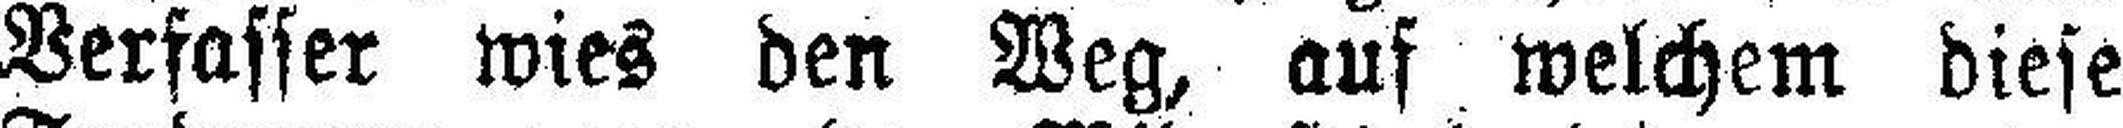
Verfasser wies den Weg, auf welchem diese